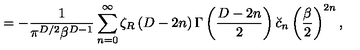
= - { \frac { 1 } { \pi ^ { D / 2 } \beta ^ { D - 1 } } } \sum _ { n = 0 } ^ { \infty } \zeta _ { R } \left( D - 2 n \right) \Gamma \left( { \frac { D - 2 n } { 2 } } \right) \breve { c } _ { n } \left( { \frac { \beta } { 2 } } \right) ^ { 2 n } ,